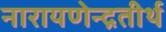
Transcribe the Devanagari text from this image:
नारायणेन्द्रतीर्थ